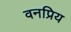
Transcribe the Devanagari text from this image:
वनप्रिय